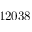
1 2 0 3 8